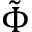
\tilde { \Phi }